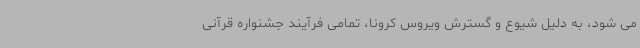
می شود، به دلیل شیوع و گسترش ویروس کرونا، تمامی فرآیند جشنواره قرآنی